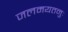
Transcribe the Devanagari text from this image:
जलमयतनुः